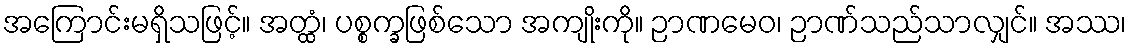
အကြောင်းမရှိသဖြင့်။ အတ္ထံ၊ ပစ္စက္ခဖြစ်သော အကျိုးကို။ ဉာဏမေဝ၊ ဉာဏ်သည်သာလျှင်။ အဿ၊